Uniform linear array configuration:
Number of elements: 4
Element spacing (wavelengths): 0.5
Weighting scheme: hamming
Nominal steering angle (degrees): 30
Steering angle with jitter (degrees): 29.383
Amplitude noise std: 0.05
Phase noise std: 0.05

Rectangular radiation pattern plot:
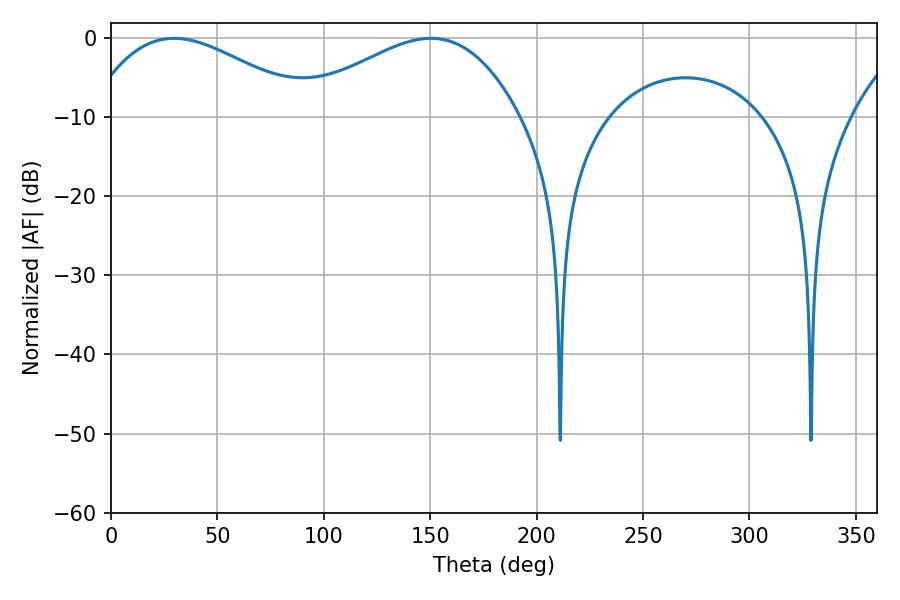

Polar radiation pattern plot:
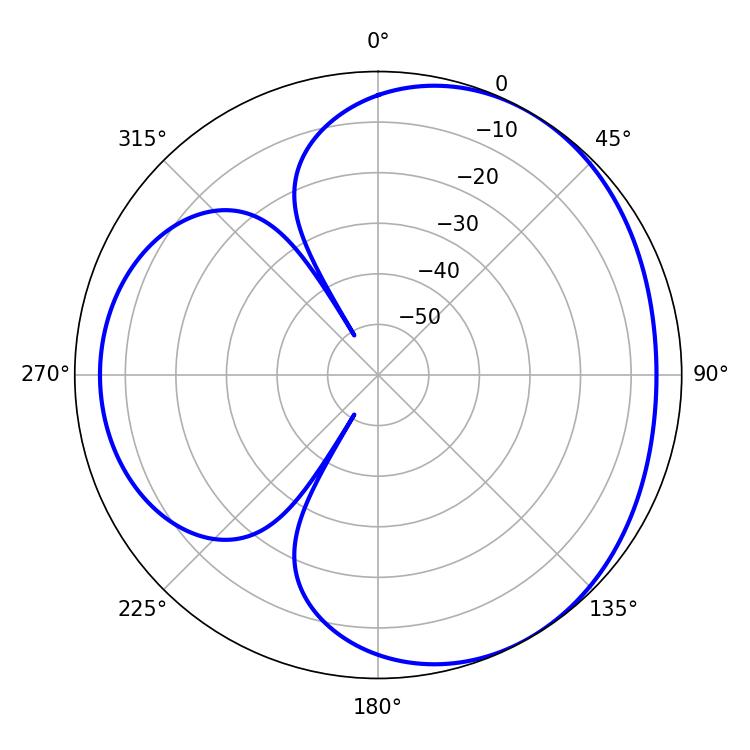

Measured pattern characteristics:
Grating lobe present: FALSE
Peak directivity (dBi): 3.569
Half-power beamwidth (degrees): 57.24
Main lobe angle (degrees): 29.7